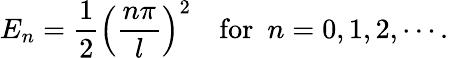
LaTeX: E_{n}=\frac{1}{2}\left(\frac{n\pi}{l}\right)^{2}\quad\mathrm{for}~~n=0,1,2,\cdots.